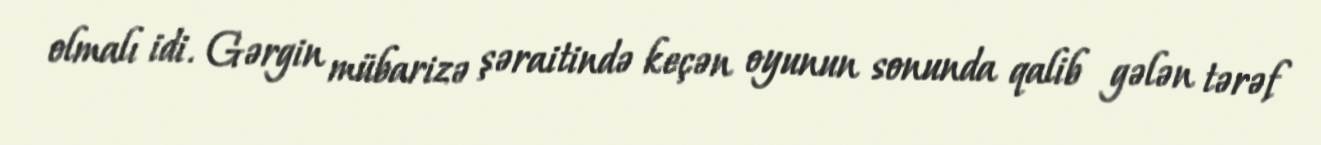
olmalı idi. Gərgin mübarizə şəraitində keçən oyunun sonunda qalib gələn tərəf